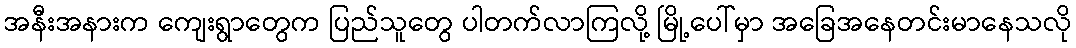
အနီးအနားက ကျေးရွာတွေက ပြည်သူတွေ ပါတက်လာကြလို့ မြို့ပေါ်မှာ အခြေအနေတင်းမာနေသလို